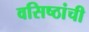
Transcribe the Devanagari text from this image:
वसिष्ठांची